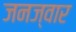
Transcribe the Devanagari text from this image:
जनज्वार